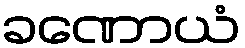
ခဏောယံ